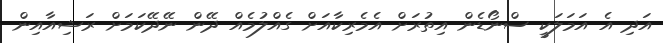
އަދި އެ އަމަލަކީ ސްނޯޑެން އިތުރަށް އެމެރިކާއަށް ގެއްލުމެއް ދޭން ނޭދޭކަމަށް ރަޝިއާއިން